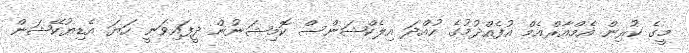
މީގެ ކުރިން އެމްއާރްއެމް އުފެއްދުމުގެ ހުއްދަ އިލެކްޝަންސް ކޮމިޝަނުން ދީފައިވަނީ ހަޔަ އެޑިޔުކޭޝަން